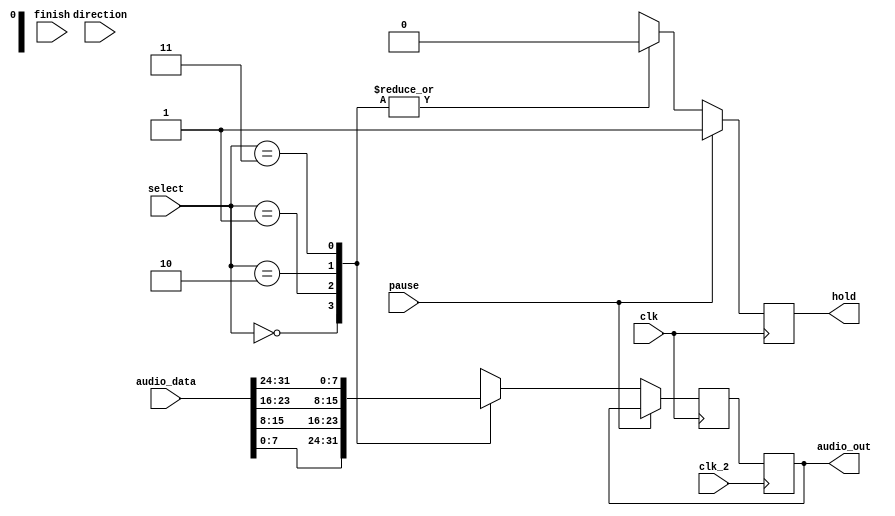
/*

LAB 2 TEMPLATE TAKEN FROM AKASH RANDHAWA: 88346861
USED FOR PREVIOUS LAB 3 SUBMISSION

*/
//unused states
`define check 4'b0000
`define reading 4'b0001
`define timing 4'b0010
`define output_lower1 4'b0011 
`define wait_1 4'b0100
`define timing_2 4'b0101
`define output_lower2 4'b0110
`define wait_2 4'b0111
`define timing_3 4'b1000
`define output_upper1 4'b1001
`define wait_3 4'b1010
`define timing_4 4'b1011
`define output_upper2 4'b1100
`define wait_4 4'b1101

module audio_out(clk, clk_2, select, finish, direction, pause, hold, audio_data, audio_out);

//inputs and outputs
input clk, clk_2, finish;
input direction, pause;

input [31:0] audio_data;
input [1:0] select;
output reg [7:0] audio_out;
output reg hold;
//variables
reg [7:0] audio_select;
reg [3:0] state, next;


//state logic
always @(posedge clk_2) begin   //every posedge, update states and audio_output
//state <= next; 
audio_out<=audio_select; end


always @(posedge clk) begin
	//checks if keyboard clikc is pause
	if(pause) begin audio_select <= audio_out; hold =1;
	end else begin 
	//by checking the 2 LSB from the address we output the corresponding audio segments
	case (select)
		2'b00: begin audio_select <= audio_data[7:0]; hold =0; end
		2'b01: begin audio_select <= audio_data[15:8]; hold =0; end
		2'b10: begin audio_select <= audio_data[23:16]; hold =0; end
		2'b11: begin audio_select <= audio_data[31:24]; hold =0; end
		default: begin audio_select <= 0; hold =1; end


	
	/*//check play or pause
	`check: begin audio_select = audio_out; hold=1;    
		if(!pause) next = `reading;
		else next = `check;
		end
	
	//wait until finished reading audio data from flash
	`reading: begin audio_select = audio_out; hold=1;   
		if(finish) next = `timing;
		else next = `reading;
		end
	//wait until speech clock high
	`timing: begin audio_select = audio_out; hold=1;  
		if(clk_2) next = `output_lower1;
		else next = `timing;
		end
	//output lowest byte
	`output_lower1: begin next = `wait_1; hold=1;         
		audio_select = audio_data[7:0];
		end
	//wait 1 cycle then iterate
	`wait_1: begin next = `timing_2; hold=1;    
		audio_select = audio_out; 
		end
	//wait until speech clock high
	`timing_2: begin audio_select = audio_out; hold=1;   
		if(clk_2) next = `output_lower2;
		else next = `timing_2;
		end
	//output 2nd lowest byte
 	`output_lower2: begin next = `wait_2; hold=1;   
		audio_select = audio_data[15:8];	
		end
 	//wait 1 cycle then iterate
	`wait_2: begin next = `timing_3; hold=1;   
		audio_select = audio_out; 
		end
	//wait until speech clock high
	`timing_3: begin audio_select = audio_out; hold=1;   
		if(clk_2) next = `output_upper1;
		else next = `timing_3;
		end
	//output 2nd highest byte
 	`output_upper1: begin next = `wait_3; hold=1;   
		audio_select = audio_data[23:16];	
		end
 	//wait 1 cycle then iterate
	`wait_3: begin next = `timing_4; hold=1;   
		audio_select = audio_out; 
		end
	//wait until speech clock high
	`timing_4: begin audio_select = audio_out; hold=1;   
		if(clk_2) next = `output_upper2;
		else next = `timing_4;
		end
	//output highest byte
 	`output_upper2: begin next = `wait_4; hold=1;   
		audio_select = audio_data[31:24];	
		end
 	//wait 1 cycle then un hold the address
	`wait_4: begin next = `check; hold=0;   
		audio_select = audio_out; 
		end
	//check for play and pause state
	default: begin next = `check;
		audio_select = 8'b0; 
		hold=1;
		end
	*/
	endcase 
end
end




endmodule